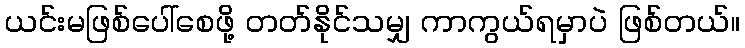
ယင်းမဖြစ်ပေါ်စေဖို့ တတ်နိုင်သမျှ ကာကွယ်ရမှာပဲ ဖြစ်တယ်။